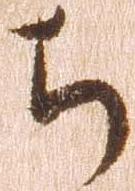
ち